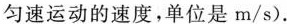
匀速运动的速度，单位是m/s).